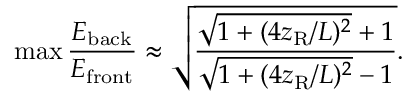
\operatorname* { m a x } \frac { E _ { \mathrm { b a c k } } } { E _ { \mathrm { f r o n t } } } \approx \sqrt { \frac { \sqrt { 1 + ( 4 z _ { \mathrm { R } } / L ) ^ { 2 } } + 1 } { \sqrt { 1 + ( 4 z _ { \mathrm { R } } / L ) ^ { 2 } } - 1 } } .